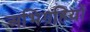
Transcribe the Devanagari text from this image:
अभिग्रहियों